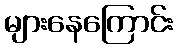
များနေကြောင်း